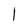
Character: 1